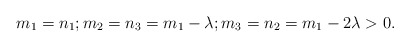
\begin{align*}m_1=n_1; m_2=n_3=m_1-\lambda; m_3=n_2=m_1-2\lambda>0. \end{align*}